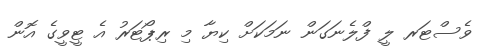
ވެސްޓަރ ލީ ފްލެނަގަން ނަމަކަށް ކިޔާ މި ރިޕޯޓަރު އެ ޓީވީގެ އޮން